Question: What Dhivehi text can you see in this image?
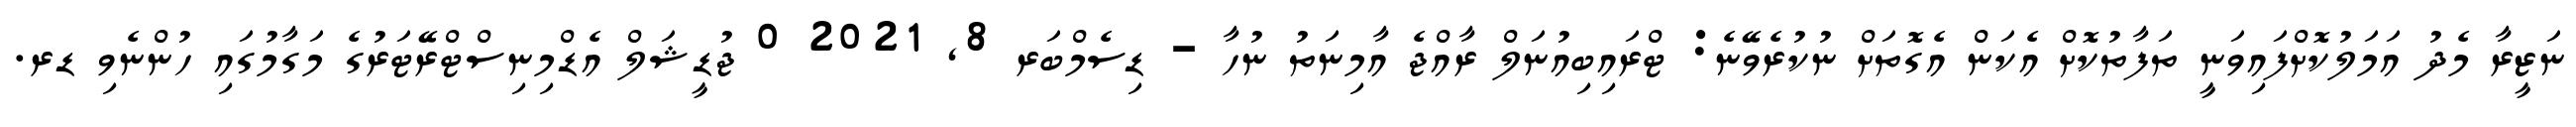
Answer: ނަޒީރާ މެދު އަމަލުކޮށްފައިވަނީ ތަފާތުކޮށް އެކަން އެގޮތަށް ނުކުރެވޭނެ: ޓްރައިބިއުނަލް ރާއްޖެ އާމިނަތު ނުހާ - ޑިސެމްބަރ 8, 2021 0 ޖުޑީޝަލް އެޑްމިނިސްޓްރޭޓަރުގެ މަގާމުގައި ހުންނެވި ޑރ.